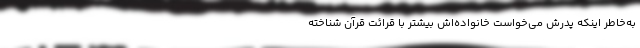
به‌خاطر اینکه پدرش می‌خواست خانواده‌اش بیشتر با قرائت قرآن شناخته